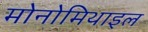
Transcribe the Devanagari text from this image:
मोनोमिथाइल